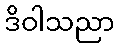
ဒိဝါသညာ